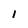
Character: I